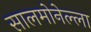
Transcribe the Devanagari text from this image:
सालमोनेल्ला